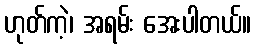
ဟုတ်ကဲ့၊ အရမ်း အေးပါတယ်။